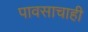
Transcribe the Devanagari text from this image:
पावसाचाही